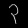
Digit: ၃